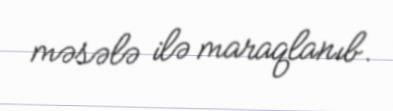
məsələ ilə maraqlanıb.